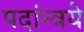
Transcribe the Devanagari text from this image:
पदांन्वये